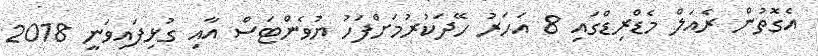
އެގޮތުން ރެއަލް މެޑްރިޑްގައި 8 އަހަރު ހޭދަކުރުމަށްފަހު ޔުވެންޓަސް އާއި ގުޅިފައިވަނީ 2018